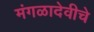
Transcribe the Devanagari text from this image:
मंगळादेवीचे